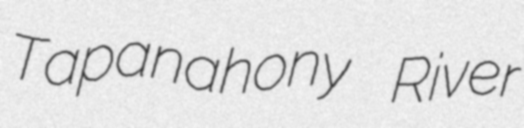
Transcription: Tapanahony River